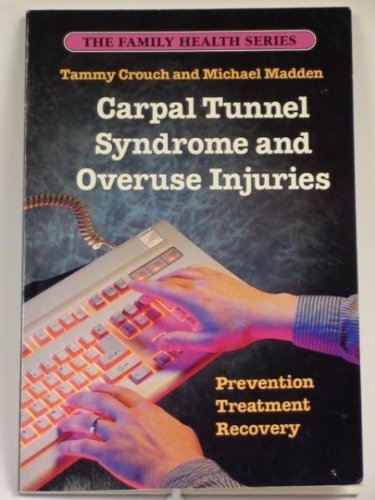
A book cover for Carpal Tunnel Syndrome & Overuse Injuries: Prevention, Treatment & Recovery (The Family health series); Tammy Crouch; Health, Fitness & Dieting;